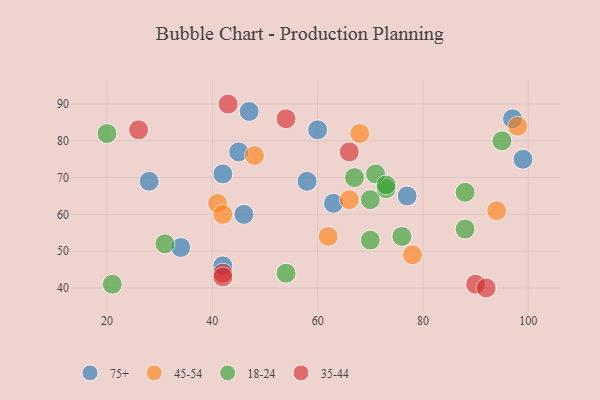
{"axis": {"x": "GDP", "y": "Life Expectancy"}, "legend": ["18-24", "35-44", "45-54", "75+"], "data": [{"x": "63", "y": 63, "type": "75+"}, {"x": "77", "y": 65, "type": "75+"}, {"x": "34", "y": 51, "type": "75+"}, {"x": "99", "y": 75, "type": "75+"}, {"x": "58", "y": 69, "type": "75+"}, {"x": "46", "y": 60, "type": "75+"}, {"x": "60", "y": 83, "type": "75+"}, {"x": "42", "y": 46, "type": "75+"}, {"x": "28", "y": 69, "type": "75+"}, {"x": "97", "y": 86, "type": "75+"}, {"x": "45", "y": 77, "type": "75+"}, {"x": "47", "y": 88, "type": "75+"}, {"x": "42", "y": 71, "type": "75+"}, {"x": "94", "y": 61, "type": "45-54"}, {"x": "62", "y": 54, "type": "45-54"}, {"x": "78", "y": 49, "type": "45-54"}, {"x": "68", "y": 82, "type": "45-54"}, {"x": "41", "y": 63, "type": "45-54"}, {"x": "66", "y": 64, "type": "45-54"}, {"x": "98", "y": 84, "type": "45-54"}, {"x": "48", "y": 76, "type": "45-54"}, {"x": "42", "y": 60, "type": "45-54"}, {"x": "76", "y": 54, "type": "18-24"}, {"x": "31", "y": 52, "type": "18-24"}, {"x": "20", "y": 82, "type": "18-24"}, {"x": "21", "y": 41, "type": "18-24"}, {"x": "54", "y": 44, "type": "18-24"}, {"x": "73", "y": 67, "type": "18-24"}, {"x": "67", "y": 70, "type": "18-24"}, {"x": "95", "y": 80, "type": "18-24"}, {"x": "71", "y": 71, "type": "18-24"}, {"x": "88", "y": 56, "type": "18-24"}, {"x": "88", "y": 66, "type": "18-24"}, {"x": "73", "y": 68, "type": "18-24"}, {"x": "70", "y": 53, "type": "18-24"}, {"x": "70", "y": 64, "type": "18-24"}, {"x": "42", "y": 44, "type": "35-44"}, {"x": "26", "y": 83, "type": "35-44"}, {"x": "90", "y": 41, "type": "35-44"}, {"x": "66", "y": 77, "type": "35-44"}, {"x": "43", "y": 90, "type": "35-44"}, {"x": "92", "y": 40, "type": "35-44"}, {"x": "54", "y": 86, "type": "35-44"}, {"x": "42", "y": 43, "type": "35-44"}]}